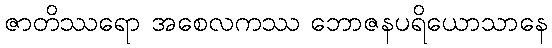
ဇာတိဿရော အစေလကဿ ဘောဇနပရိယောသာနေ